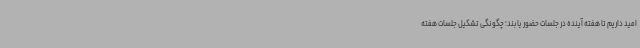
امید داریم تا هفته آینده در جلسات حضور یابند؛ چگونگی تشکیل جلسات هفته